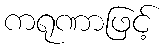
ကရုဏာဖြင့်